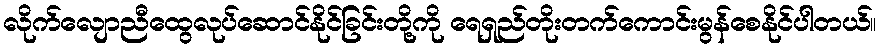
လိုက်လျောညီထွေလုပ်ဆောင်နိုင်ခြင်းတို့ကို ရေရှည်တိုးတက်ကောင်းမွန်စေနိုင်ပါတယ်။